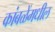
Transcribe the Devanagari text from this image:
कांबळेंमधील